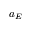
a _ { E }